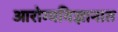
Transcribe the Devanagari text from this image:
आरोग्यविज्ञानात